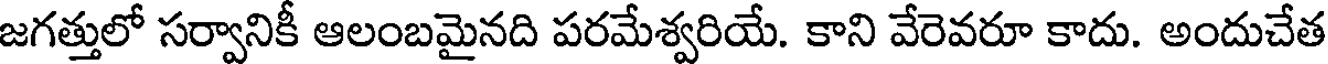
జగత్తులో సర్వానికీ ఆలంబమైనది పరమేశ్వరియే. కాని వేరెవరూ కాదు. అందుచేత